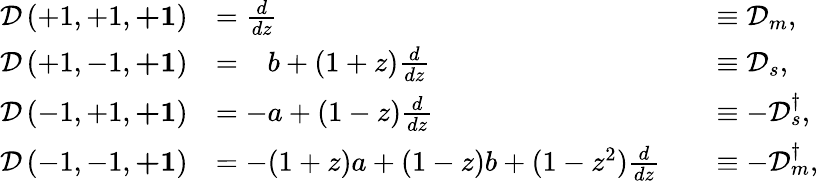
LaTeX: \begin{array}{rlrl}{\mathcal{D}\left(+1,+1,\boldsymbol{+1}\right)}&{=\frac{d}{dz}}&&{\equiv\mathcal{D}_{m},}\\ {\mathcal{D}\left(+1,-1,\boldsymbol{+1}\right)}&{=\hphantom{-}b+(1+z)\frac{d}{dz}}&&{\equiv\mathcal{D}_{s},}\\ {\mathcal{D}\left(-1,+1,\boldsymbol{+1}\right)}&{=-a+(1-z)\frac{d}{dz}}&&{\equiv-\mathcal{D}_{s}^{\dagger},}\\ {\mathcal{D}\left(-1,-1,\boldsymbol{+1}\right)}&{=-(1+z)a+(1-z)b+(1-z^{2})\frac{d}{dz}}&&{\equiv-\mathcal{D}_{m}^{\dagger},}\end{array}